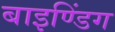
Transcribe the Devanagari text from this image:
बाइण्डिंग